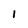
Character: 1